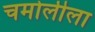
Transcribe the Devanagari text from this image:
चमोलीला